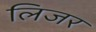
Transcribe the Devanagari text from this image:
लिजर